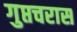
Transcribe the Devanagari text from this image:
गुप्तचरास